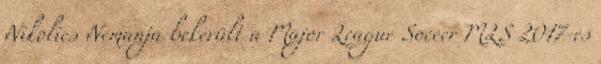
Nikolics Nemanja bekerült a Major League Soccer MLS 2017-es